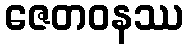
ဇေတဝနဿ